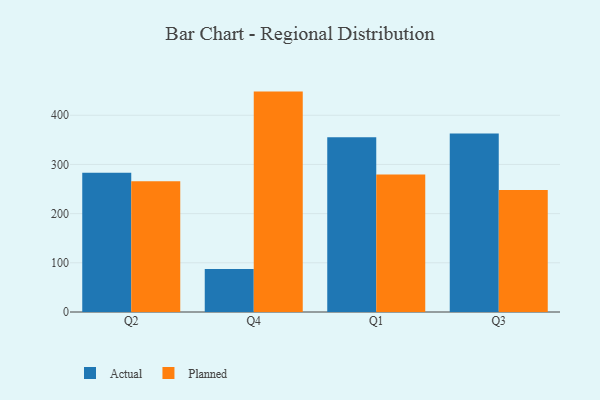
{"axis": {"x": "Quarter", "y": "Production Output"}, "legend": ["Actual", "Planned"], "data": [{"x": "Q2", "y": 283.3, "type": "Actual"}, {"x": "Q2", "y": 266.0, "type": "Planned"}, {"x": "Q4", "y": 87.3, "type": "Actual"}, {"x": "Q4", "y": 448.1, "type": "Planned"}, {"x": "Q1", "y": 355.5, "type": "Actual"}, {"x": "Q1", "y": 279.6, "type": "Planned"}, {"x": "Q3", "y": 362.7, "type": "Actual"}, {"x": "Q3", "y": 248.2, "type": "Planned"}]}